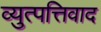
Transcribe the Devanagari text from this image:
व्युत्पत्तिवाद